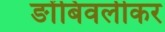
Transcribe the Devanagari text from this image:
ङोंबिवलीकर